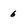
Character: 6